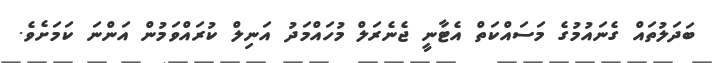
ބަދަލުތައް ގެނައުމުގެ މަސައްކަތް އެޓާނީ ޖެނެރަލް މުހައްމަދު އަނިލް ކުރައްވަމުން އަންނަ ކަމަށެވެ.